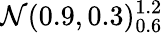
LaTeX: \mathcal{N}(0.9,0.3)_{0.6}^{1.2}